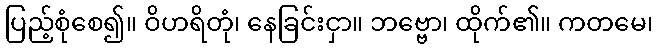
ပြည့်စုံစေ၍။ ဝိဟရိတုံ၊ နေခြင်းငှာ။ ဘဗ္ဗော၊ ထိုက်၏။ ကတမေ၊